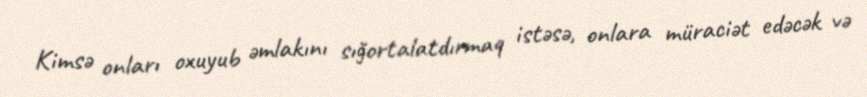
Kimsə onları oxuyub əmlakını sığortalatdırmaq istəsə, onlara müraciət edəcək və